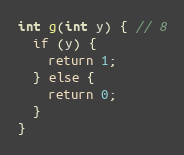
Language: C
int g(int y) { // 8
  if (y) {
    return 1;
  } else {
    return 0;
  }
}